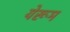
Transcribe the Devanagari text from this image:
येरूम